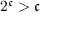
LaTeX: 2 ^ { \mathfrak { c } } > { \mathfrak { c } }